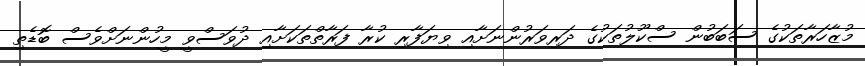
މުޒާހަރާތަކުގެ ސަބަބުން ސްކޫލުތަކުގެ ދަރިވަރުންނަށާއި ވިޔަފާރި ކުރާ ފަރާތްތަކަށާއި ދުވަސްވީ މީހުންނަށްވެސް ބޮޑެތި